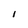
Character: I